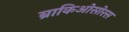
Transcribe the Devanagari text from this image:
ब्राकिओसोरस